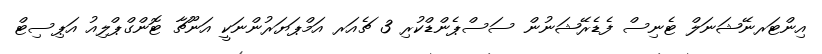
އިންޓަރނޭޝަނަލް ޓެނިސް ފެޑެރޭޝަނުން ސަސްޕެންޑްކުރި 3 ޗެއަރ އަމްޕަޔަރުންނަކީ އަނޫޗާ ޓޮންގްޕްލިއު އަޕިސިޓް